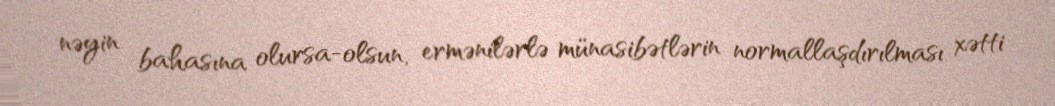
nəyin bahasına olursa-olsun, ermənilərlə münasibətlərin normallaşdırılması xətti